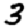
Digit: 3